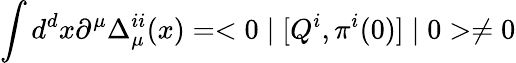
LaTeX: \int d^{d}x\partial^{\mu}\Delta_{\mu}^{ii}(x)=<0\mid[Q^{i},\pi^{i}(0)]\mid 0>\not=0